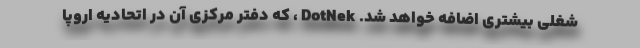
شغلی بیشتری اضافه خواهد شد. DotNek ، که دفتر مرکزی آن در اتحادیه اروپا